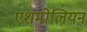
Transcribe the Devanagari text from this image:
एशमोलियन